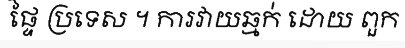
ផ្ទៃ ប្រទេស ។ ការវាយឆ្មក់ ដោយ ពួក